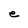
Character: e